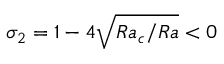
\sigma _ { 2 } = 1 - 4 \sqrt { R a _ { c } / R a } < 0